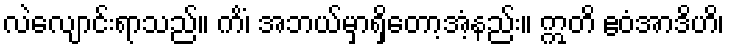
လဲလျောင်းရာသည်။ ကိံ၊ အဘယ်မှာရှိတော့အံ့နည်း။ ဣတိ ဧဝံအာဒိဟိ၊